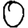
Digit: 0